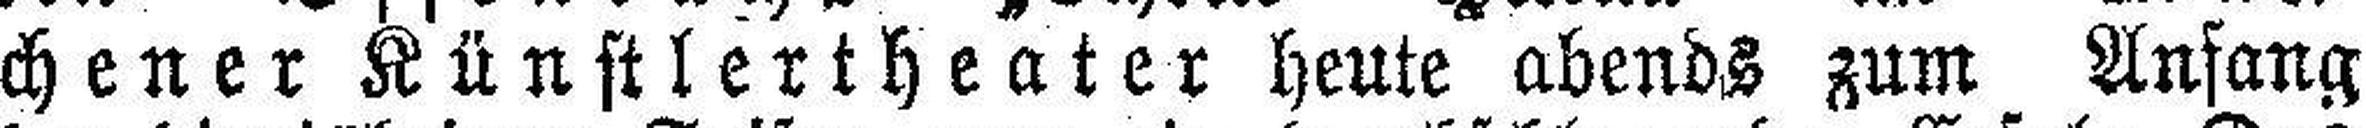
chener Künstlertheater heute abends zum Anfang